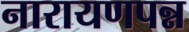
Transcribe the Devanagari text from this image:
नारायणपन्न